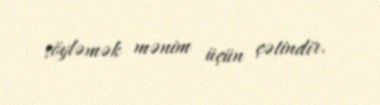
söyləmək mənim üçün çətindir.